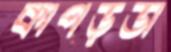
কাপড়ডা